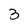
Character: 3